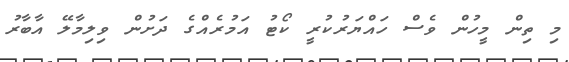
މި ތިން މީހުން ވެސް ހައްޔަރުކުރީ ކޯޓު އަމުރެއްގެ ދަށުން ވިލިމާލޭ އާބާރު